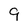
Character: 9